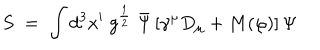
S \; = \; \int d ^ { 3 } x ^ { \prime } \; g ^ { \frac { 1 } { 2 } } \; { \bar { \Psi } } \, [ \gamma ^ { \mu } D _ { \mu } + M ( \varphi ) ] \, \Psi